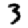
Digit: 3